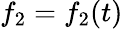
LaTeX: f_{2}=f_{2}(t)